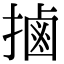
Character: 𢲸